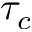
\tau _ { c }